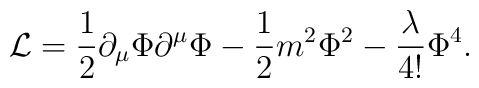
{\cal L}=\frac{1}{2}\partial_\mu\Phi\partial^\mu\Phi-\frac{1}{2}m^2\Phi^2-\frac{\lambda}{4!}\Phi^4.